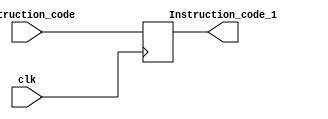
`timescale 1ns / 1ps
//////////////////////////////////////////////////////////////////////////////////
// Company: 
// Engineer: 
// 
// Design Name: 
// Module Name: IF_ID_stage
// Project Name: 
// Target Devices: 
// Tool Versions: 
// Description: 
// 
// Dependencies: 
// 
// Revision:
// Revision 0.01 - File Created
// Additional Comments:
// 
//////////////////////////////////////////////////////////////////////////////////


module IF_ID_stage(
input clk,
input [31:0] Instruction_code,
output reg [31:0] Instruction_code_1

    );
    always@(posedge clk)
//    begin
//    if(Flush!=1)
    Instruction_code_1<=Instruction_code;
//    else
//    Instruction_code_1<=0;
//    end
//D_flipflop #(32) e2(clk,Instruction_code,Instruction_code_1);//1 st stage of pipeline
    
    
    
endmodule